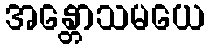
အန္တောသမယေ